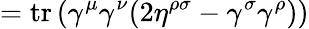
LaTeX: =\operatorname{tr}\left(\gamma^{\mu}\gamma^{\nu}(2\eta^{\rho\sigma}-\gamma^{\sigma}\gamma^{\rho})\right)